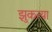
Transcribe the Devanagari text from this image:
झुकत्या